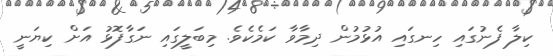
ކިލާ ފެނުގައި ހިނގައި އުޅުމުން ދިމާވާ ކަމެކެވެ. މިބަލީގައި ނަގާފޮޅު އަށް ކިޔަނީ